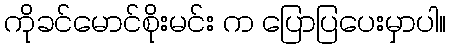
ကိုခင်မောင်စိုးမင်း က ပြောပြပေးမှာပါ။